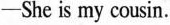
─She is my cousin.